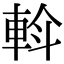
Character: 𨋼